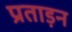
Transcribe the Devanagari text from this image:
प्रताड़न